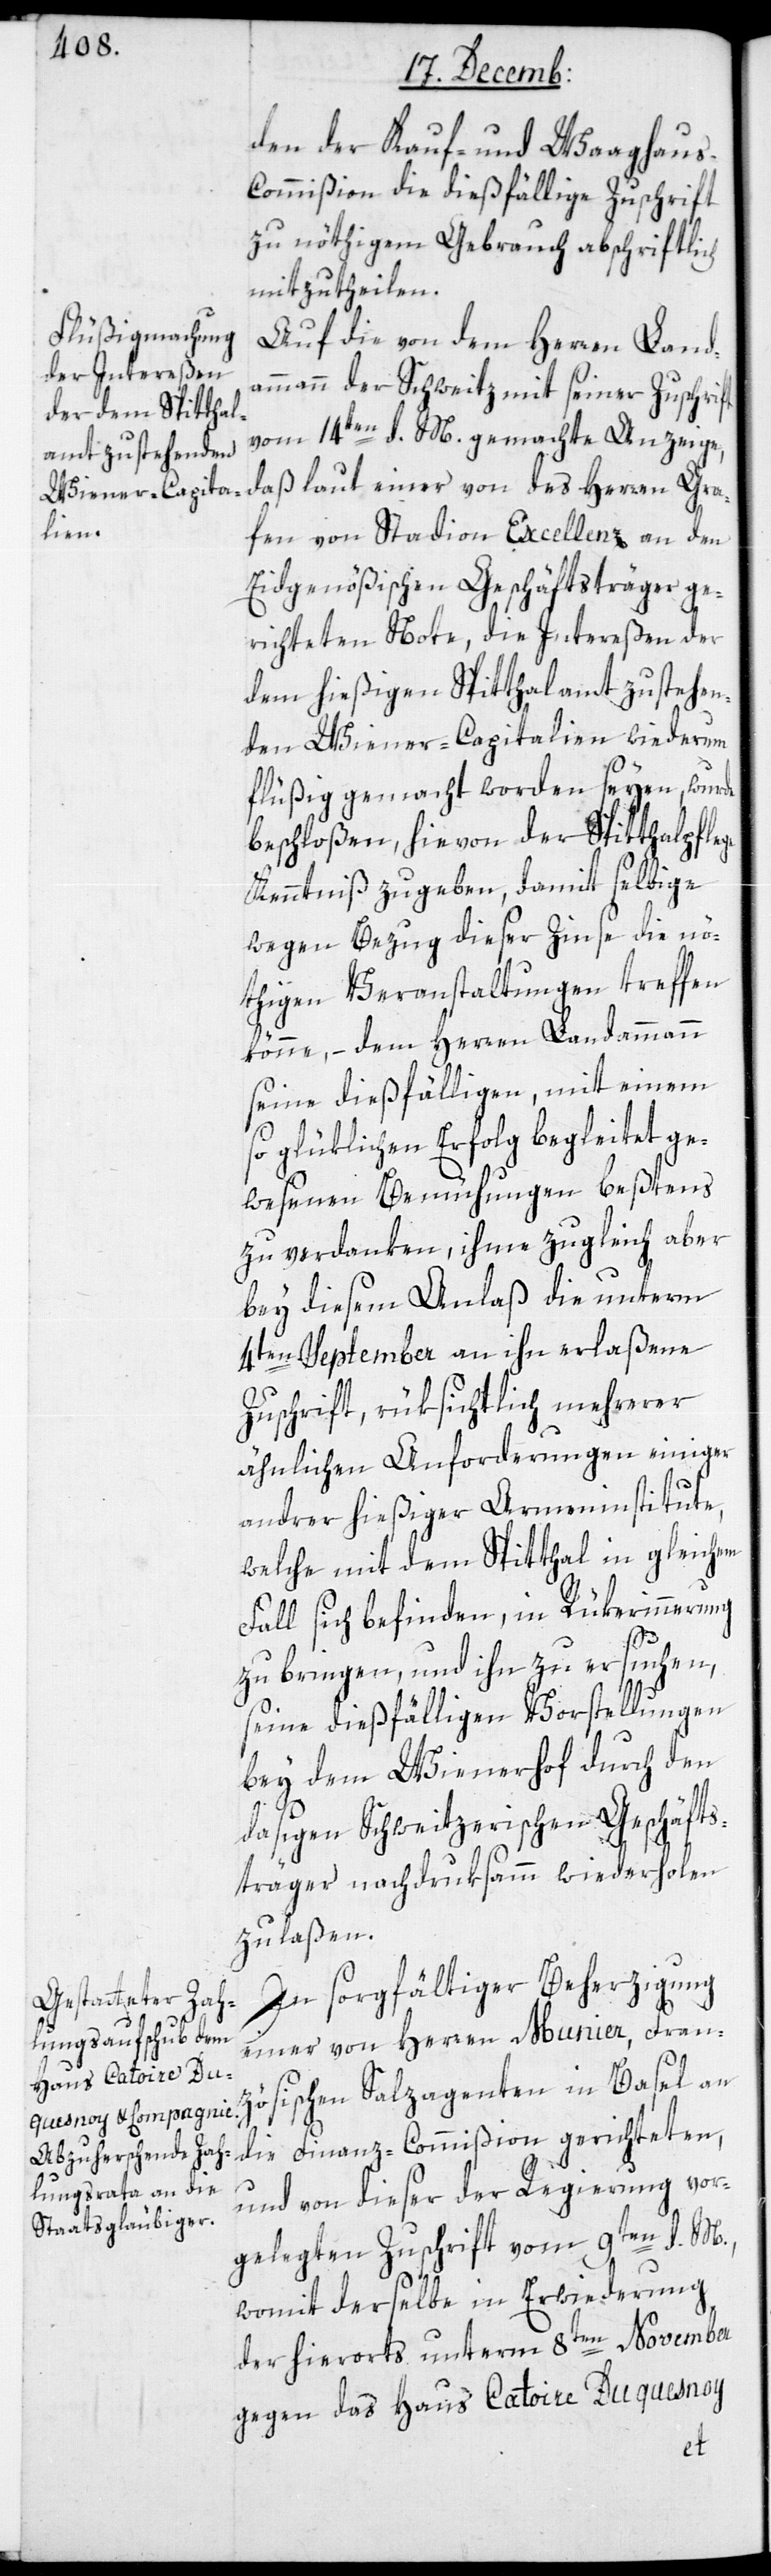
den der Kauf- und Waaghau¬
s-Commißion die dießfällige Zuschrift
zu nöthigem Gebrauch abschriftlich
mitzutheilen.
Auf die von dem Herren Land¬
ammann der Schweitz mit seiner Zuschrift
vom 14ten d. M. gemachte Anzeige,
daß laut einer von des Herren Gra¬
fen von Stadion Excellenz an den
Eydgenößischen Geschäftsträger ge¬
richteten Note, die Intereßen der
dem hießigen Spitthalamt zustehen¬
den Wiener-Capitalien wiederum
flüßig gemacht worden seyen, wurde
beschloßen, hievon der Spitthalpflege
Kenntniß zu geben, damit selbige
wegen Bezug dieser Zinse die nö¬
thigen Veranstaltungen treffen
könne, – dem Herren Landammann
seine dießfälligen, mit einem
so glüklichen Erfolg begleitet ge¬
wesenen Bemühungen beßtens
zu verdanken, ihme zugleich aber
bey diesem Anlaß die unterm
4ten September an ihn erlaßene
Zuschrift, rüksichtlich mehrerer
ähnlichen Anforderungen einiger
andrer hießiger Armeninstitute,
welche mit dem Spitthal in gleichem
Fall sich befinden, in Rükerinnerung
zu bringen, und ihn zu ersuchen,
seine dießfälligen Vorstellungen
bey dem Wienerhof durch den
dasigen Schweitzerischen Geschäfts¬
träger nachdruksamm wiederholen
zu laßen.
In sorgfältiger Beherzigung
einer von Herren Munier, Franz¬
ösischen Salzagenten in Basel an
die Finanz-Commißion gerichteten,
und von dieser der Regierung vor¬
gelegten Zuschrift vom 9ten d. M.,
womit derselbe in Erwiederung
der hierorts unterm 8ten November
gegen das Haus Catoire Duquesnoy